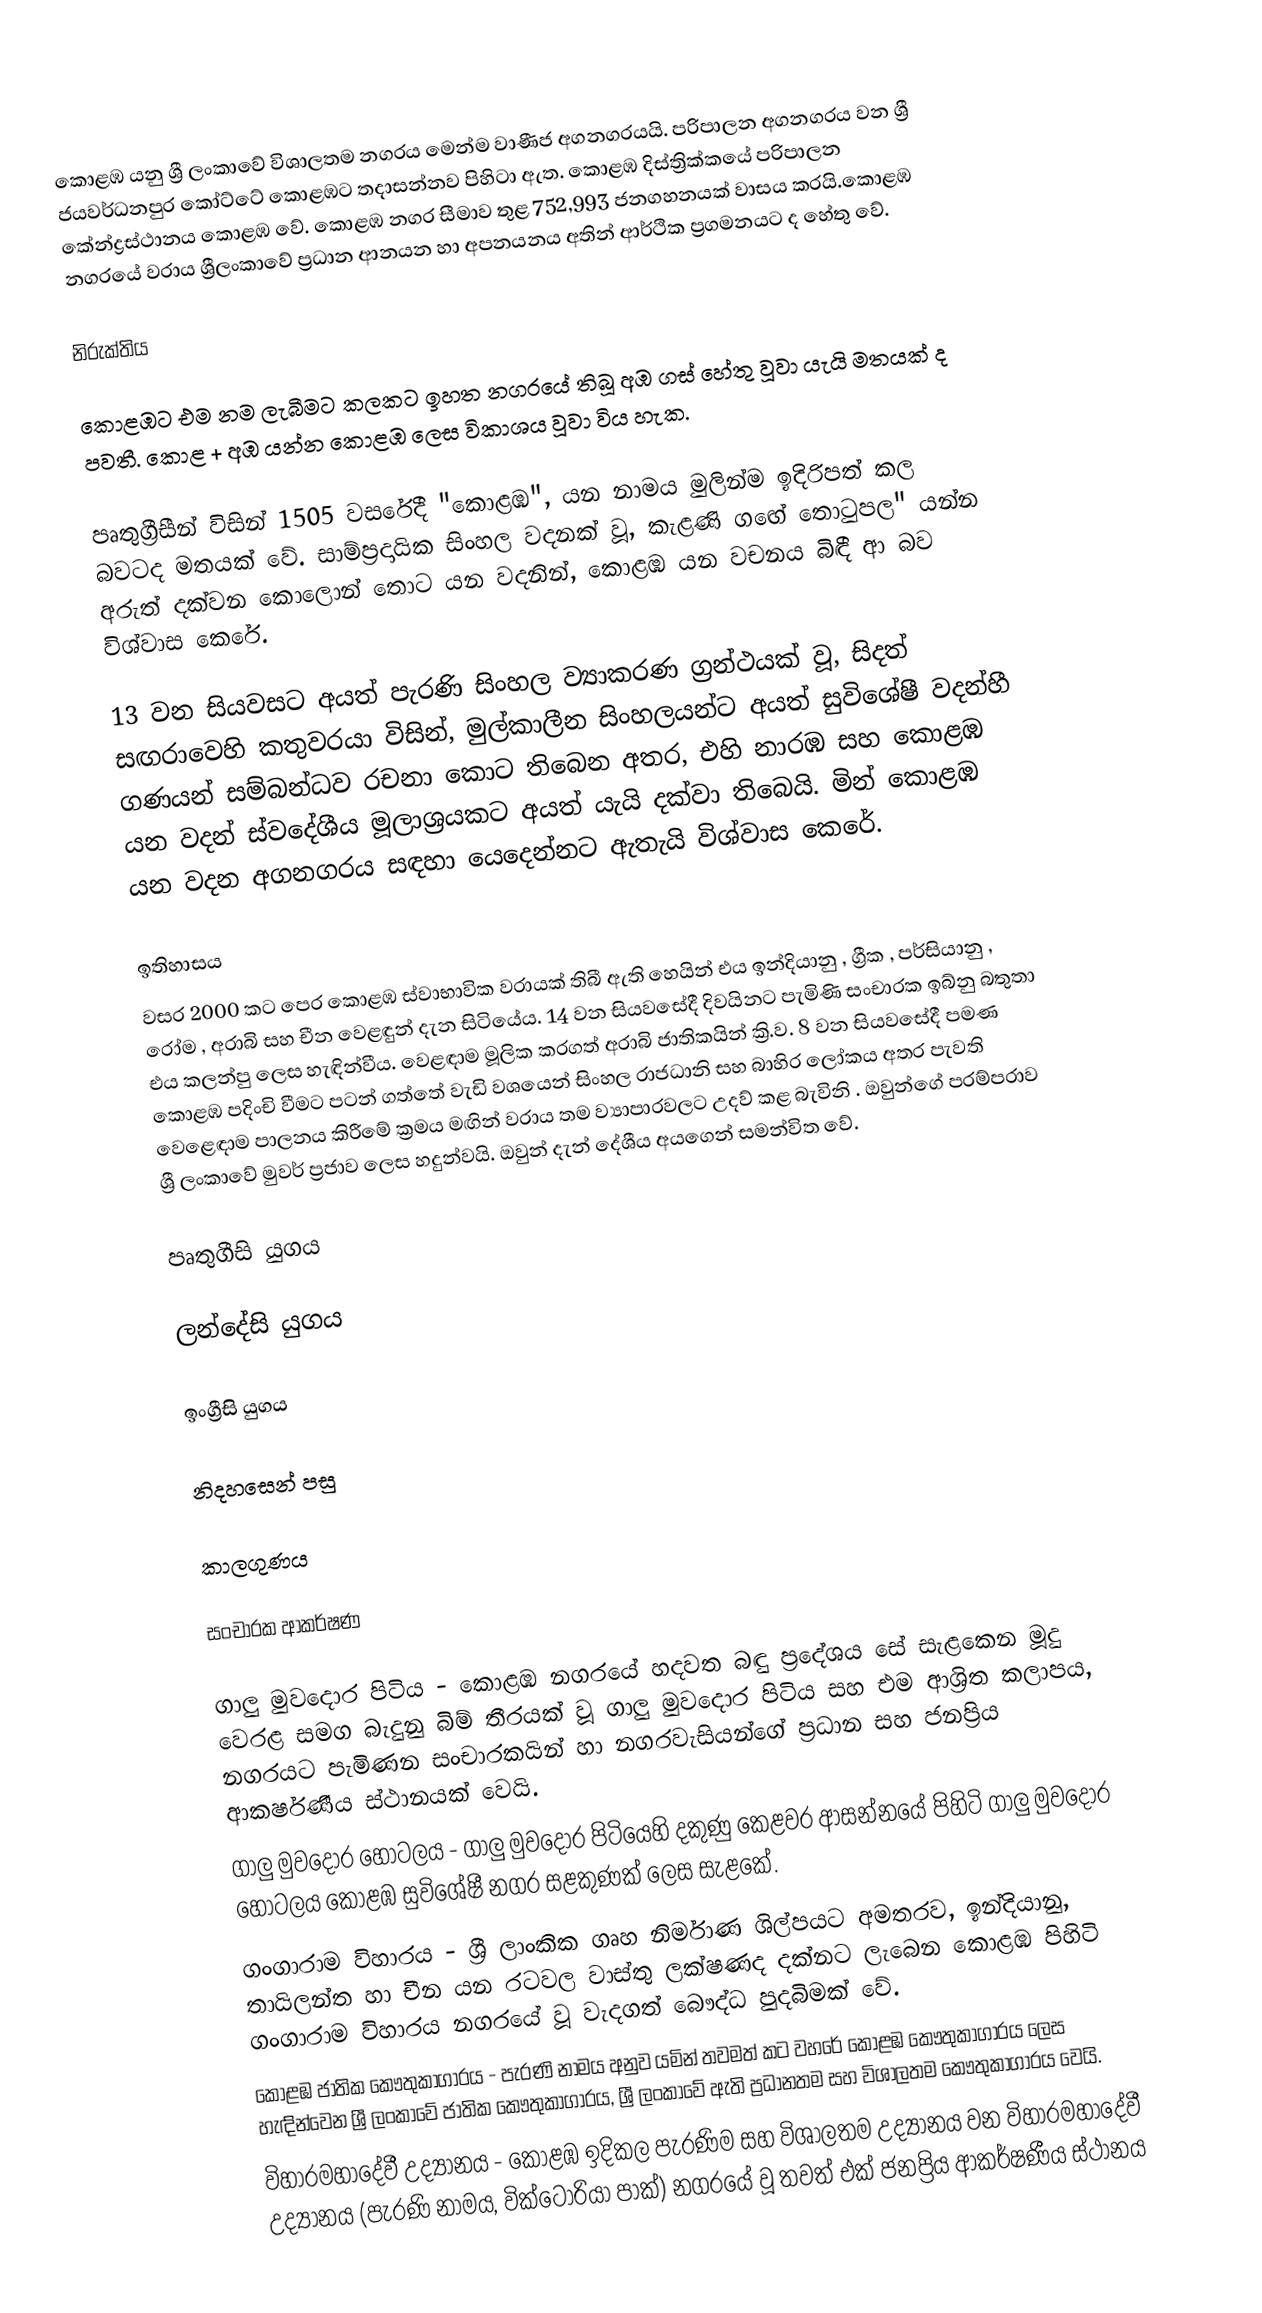
කොළඹ යනු ශ්‍රී ලංකාවේ විශාලතම නගරය මෙන්ම වාණීජ අගනගරයයි. පරිපාලන අගනගරය වන ශ්‍රී ජයවර්ධනපුර කෝට්ටේ කොළඹට තදාසන්නව පිහිටා ඇත. කොළඹ දිස්ත්‍රික්කයේ පරිපාලන කේන්ද්‍රස්ථානය කොළඹ වේ. කොළඹ නගර සීමාව තුළ 752,993 ජනගහනයක් වාසය කරයි.කොළඹ නගරයේ වරාය ශ්‍රීලංකාවේ ප්‍රධාන ආනයන හා අපනයනය අතින් ආර්ථික ප්‍රගමනයට ද හේතු වේ.

නිරුක්තිය

කොළඹට එම නම ලැබීමට කලකට ඉහත නගරයේ තිබූ අඹ ගස් හේතු වූවා යැයි මතයක් ද පවතී. කොළ + අඹ යන්න කොළඹ ලෙස විකාශය වූවා විය හැක.

පෘතුග්‍රීසීන් විසින් 1505 වසරේදී "කොළඹ", යන නාමය මුලින්ම ඉදිරිපත් කල බවටද මතයක් වේ. සාම්ප්‍රදායික සිංහල වදනක් වූ, කැළණි ගඟේ තොටුපල" යන්න අරුත් දක්වන කොලොන් තොට යන වදනින්, කොළඹ යන වචනය බිඳී ආ බව විශ්වාස කෙරේ.

13 වන සියවසට අයත් පැරණි සිංහල ව්‍යාකරණ ග්‍රන්ථයක් වූ, සිදත් සඟරාවෙහි කතුවරයා විසින්, මුල්කාලීන සිංහලයන්ට අයත් සුවිශේෂී වදන්හී ගණයන් සම්බන්ධව රචනා කොට තිබෙන අතර, එහි  නාරඹ සහ කොළඹ යන වදන් ස්වදේශීය මූලාශ්‍රයකට අයත් යැයි දක්වා තිබෙයි. මින් කොළඹ යන වදන අගනගරය සඳහා යෙදෙන්නට ඇතැයි විශ්වාස කෙරේ.

ඉතිහාසය
වසර 2000 කට පෙර කොළඹ ස්වාභාවික වරායක් තිබී ඇති හෙයින් එය ඉන්දියානු , ග්‍රීක , පර්සියානු , රෝම , අරාබි සහ චීන වෙළඳුන් දැන සිටියේය. 14 වන සියවසේදී දිවයිනට පැමිණි සංචාරක ඉබ්නු බතුතා එය කලන්පු ලෙස හැඳින්වීය. වෙළඳාම මූලික කරගත් අරාබි ජාතිකයින් ක්‍රි.ව. 8 වන සියවසේදී පමණ කොළඹ පදිංචි වීමට පටන් ගත්තේ වැඩි වශයෙන් සිංහල රාජධානි සහ බාහිර ලෝකය අතර පැවති වෙළෙඳාම පාලනය කිරීමේ ක්‍රමය මඟින් වරාය තම ව්‍යාපාරවලට උදව් කළ බැවිනි . ඔවුන්ගේ පරම්පරාව ශ්‍රී ලංකාවේ මුවර් ප්‍රජාව  ලෙස හදුන්වයි. ඔවුන් දැන් දේශීය අයගෙන් සමන්විත වේ.

පෘතුගීසි යුගය

ලන්දේසි යුගය

ඉංග්‍රීසි යුගය

නිදහසෙන් පසු

කාලගුණය

සංචාරක ආකර්ෂණ

ගාලු මුවදොර පිටිය - කොළඹ නගරයේ හදවත බඳු ප්‍රදේශය සේ සැළකෙන මූදු වෙරළ සමග බැදුනු බිම් තීරයක් වූ ගාලු මුවදොර පිටිය සහ එම ආශ්‍රිත කලාපය, නගරයට පැමිණන සංචාරකයින් හා නගරවැසියන්ගේ ප්‍රධාන සහ ජනප්‍රිය ආකර්ෂණීය ස්ථානයක් වෙයි.
ගාලු මුවදොර හෝටලය - ගාලු මුවදොර පිටියෙහි දකුණු කෙළවර ආසන්නයේ පිහිටි ගාලු මුවදොර හෝටලය කොළඹ සුවිශේෂී නගර සළකුණක් ලෙස සැළකේ.
ගංගාරාම විහාරය - ශ්‍රී ලාංකික ගෘහ නිර්මාණ ශිල්පයට අමතරව, ඉන්දියානු, තායිලන්ත හා චීන යන රටවල වාස්තු ලක්ෂණද දක්නට ලැබෙන කොළඹ පිහිටි ගංගාරාම විහාරය නගරයේ වූ වැදගත් බෞද්ධ පුදබිමක් වේ.
කොළඹ ජාතික කෞතුකාගාරය - පැරණි නාමය අනුව යමින් තවමත් කට වහරේ කොළඹ කෞතුකාගාරය ලෙස හැඳින්වෙන ශ්‍රී ලංකාවේ ජාතික කෞතුකාගාරය, ශ්‍රී ලංකාවේ ඇති ප්‍රධානතම සහ විශාලතම කෞතුකාගාරය වෙයි.
විහාරමහාදේවී උද්‍යානය - කොළඹ ඉදිකල පැරණිම සහ විශාලතම උද්‍යානය වන විහාරමහාදේවී උද්‍යානය (පැරණි නාමය, වික්ටෝරියා පාක්) නගරයේ වූ තවත් එක් ජනප්‍රිය ආකර්ෂණීය ස්ථානය